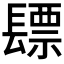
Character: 𮤃